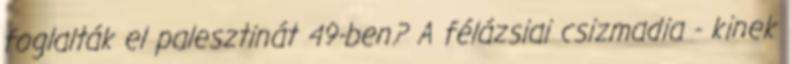
foglalták el palesztinát 49-ben? A félázsiai csizmadia - kinek